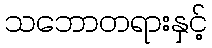
သဘောတရားနှင့်